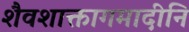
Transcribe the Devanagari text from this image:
शैवशाक्तागमादीनि